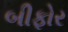
બીફોર